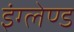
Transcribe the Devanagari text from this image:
इंग्लेण्ड